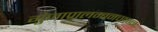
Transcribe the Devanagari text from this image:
गुंजाप्रालम्बनच्छन्नः